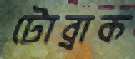
টোব্রাক